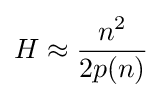
H\approx {n^{2} \over 2p(n)}